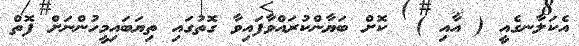
އެކަލާނގެއީ ( އާއި )  ކޮށް ބަޔާންކުރައްވާފައިވާ ގޮތުގައި ތިޔަބައިމީހުންނަށް ފޮތް